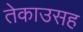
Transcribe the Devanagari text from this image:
तेकाउसह